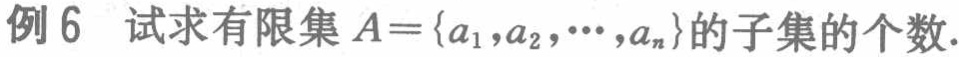
例6 试求有限集 \(A = \{a_1,a_2,\cdots,a_n\}\) 的子集的个数.